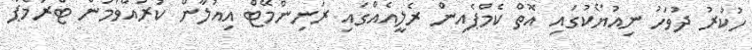
ހުކުރު ދުވަހު ނިއުޔޯކުގައި އޮތް ކެމްޕެއިން ރެލީއެއްގައި ރަނިންމޭޓް އިއުލާން ކުރައްވަމުން ޓްރަމްޕް